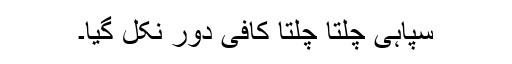
سپاہی چلتا چلتا کافی دور نکل گیا۔